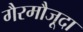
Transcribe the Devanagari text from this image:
गैरमौजूदा